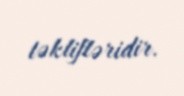
təklifləridir.